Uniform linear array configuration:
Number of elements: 64
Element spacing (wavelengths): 1
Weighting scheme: binomial
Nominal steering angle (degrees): -30
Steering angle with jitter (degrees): -29.516
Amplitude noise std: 0.05
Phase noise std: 0.05

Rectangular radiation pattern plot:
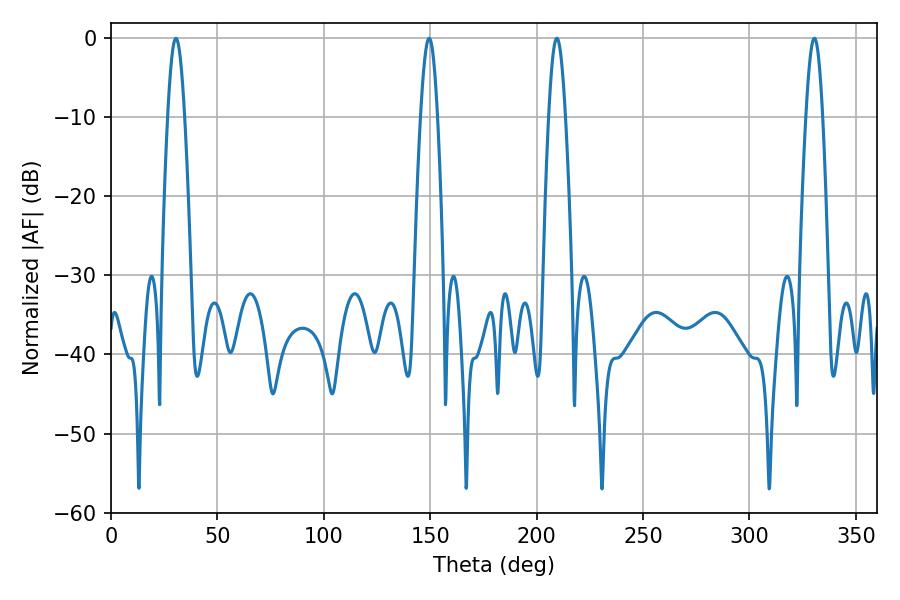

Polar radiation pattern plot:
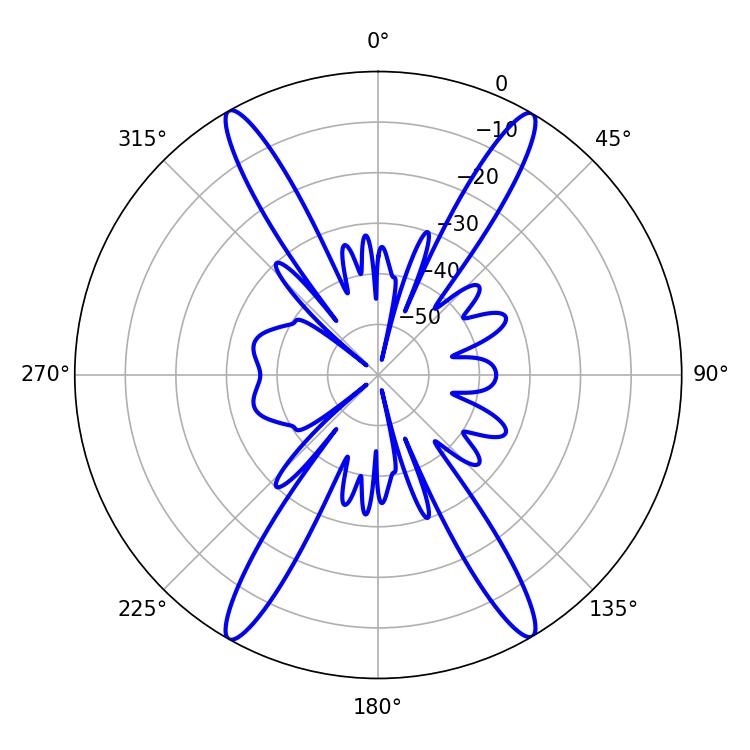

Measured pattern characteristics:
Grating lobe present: TRUE
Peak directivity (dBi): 27.759
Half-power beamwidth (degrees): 4.32
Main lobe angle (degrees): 209.52